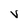
Character: v